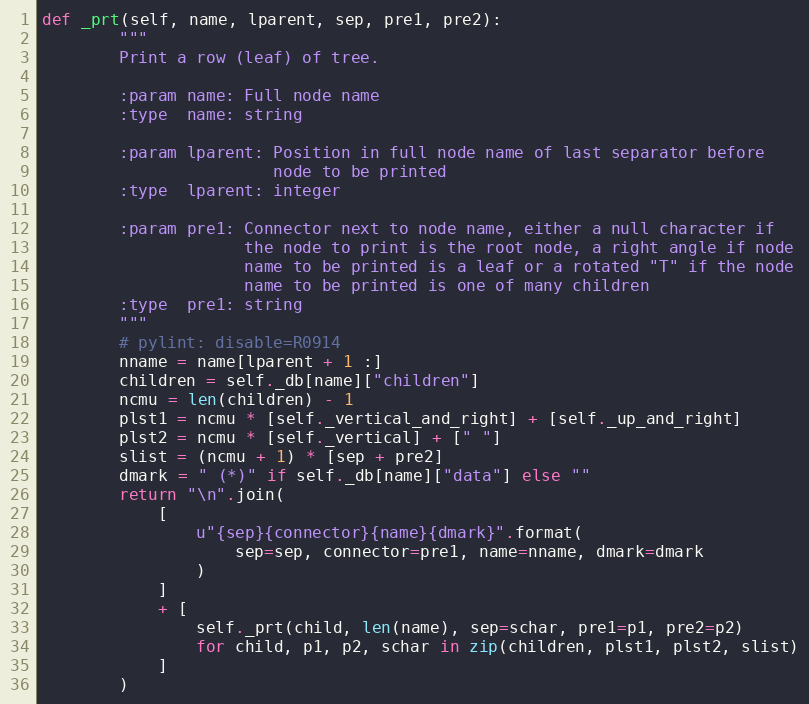
Language: Python
def _prt(self, name, lparent, sep, pre1, pre2):
        """
        Print a row (leaf) of tree.

        :param name: Full node name
        :type  name: string

        :param lparent: Position in full node name of last separator before
                        node to be printed
        :type  lparent: integer

        :param pre1: Connector next to node name, either a null character if
                     the node to print is the root node, a right angle if node
                     name to be printed is a leaf or a rotated "T" if the node
                     name to be printed is one of many children
        :type  pre1: string
        """
        # pylint: disable=R0914
        nname = name[lparent + 1 :]
        children = self._db[name]["children"]
        ncmu = len(children) - 1
        plst1 = ncmu * [self._vertical_and_right] + [self._up_and_right]
        plst2 = ncmu * [self._vertical] + [" "]
        slist = (ncmu + 1) * [sep + pre2]
        dmark = " (*)" if self._db[name]["data"] else ""
        return "\n".join(
            [
                u"{sep}{connector}{name}{dmark}".format(
                    sep=sep, connector=pre1, name=nname, dmark=dmark
                )
            ]
            + [
                self._prt(child, len(name), sep=schar, pre1=p1, pre2=p2)
                for child, p1, p2, schar in zip(children, plst1, plst2, slist)
            ]
        )